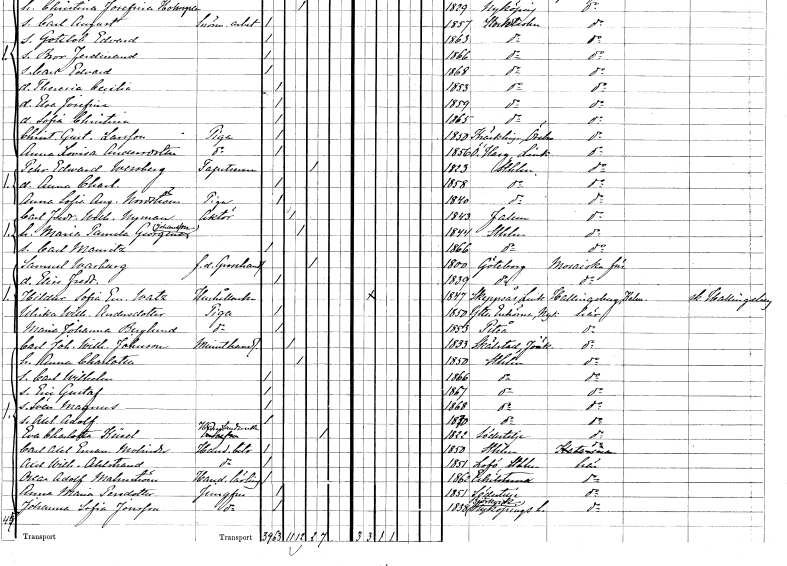
gt_parse: households: individuals: FN: Pehr Edvard
EN: Wessberg
YRKE: Tapetserare
KON: M
CIV: E
FODAR: 1823
FODFORS: Stockholm
FN: Anna Charlotta
KON: K
CIV: O
FODAR: 1858
FODFORS: Stockholm
FN: Anna Sofia Augusta
EN: Nordström
YRKE: Piga
KON: K
CIV: O
FODAR: 1840
FODFORS: Stockholm
FN: Carl Fredrik Wilhelm
EN: Nyman
YRKE: Aktör
KON: M
CIV: G
FODAR: 1843
FODFORS: Falun Kopparbergs län
FN: Maria Pamela Georgina
EN: Johansson
KON: K
CIV: G
FODAR: 1844
FODFORS: Stockholm
FN: Carl Mauritz
KON: M
CIV: O
FODAR: 1866
FODFORS: Stockholm
FN: Samuel
EN: Warburg
YRKE: Grosshandlare f.d.
KON: M
CIV: E
FODAR: 1800
FODFORS: Göteborg Göteborgs- och Bohuslän
FN: Elise Fredrique
KON: K
CIV: O
FODAR: 1839
FODFORS: Göteborg Göteborgs- och Bohuslän
FN: Hildur Sofia Emilia
EN: Watz
YRKE: Hushållerska
KON: K
CIV: O
FODAR: 1847
FODFORS: Skeppsås Östergötlands län
FN: Ulrika Wilhelmina
EN: Andersdotter
YRKE: Piga
KON: K
CIV: O
FODAR: 1850
FODFORS: Ytterenhörna Stockholms län
FN: Maria Johanna
EN: Berglund
YRKE: Piga
KON: K
CIV: O
FODAR: 1853
FODFORS: Piteå Norrbottens län
FN: Carl Johan Wilhelm
EN: Johnson
YRKE: Minuthandlare
KON: M
CIV: G
FODAR: 1833
FODFORS: Skärstad Jönköpings län
FN: Anna Charlotta
KON: K
CIV: G
FODAR: 1850
FODFORS: Stockholm
FN: Carl Wilhelm
KON: M
CIV: O
FODAR: 1866
FODFORS: Stockholm
FN: Eric Gustaf
KON: M
CIV: O
FODAR: 1867
FODFORS: Stockholm
FN: Sven Magnus
KON: M
CIV: O
FODAR: 1868
FODFORS: Stockholm
FN: Axel Adolf
KON: M
CIV: O
FODAR: 1870
FODFORS: Stockholm
FN: Eva Charlotta
EN: Küsel
YRKE: Handlandeänka
KON: K
CIV: E
FODAR: 1822
FODFORS: Södertälje Stockholms län
FN: Carl Axel Emanuel
EN: Molinder
YRKE: Handelsbiträde
KON: M
CIV: O
FODAR: 1850
FODFORS: Stockholm
FN: Axel Wilhelm
EN: Ahlstrand
YRKE: Handelsbiträde
KON: M
CIV: O
FODAR: 1851
FODFORS: Lovö Stockholms län
FN: Oscar Adolf
EN: Malmström
YRKE: Handelslärling
KON: M
CIV: O
FODAR: 1862
FODFORS: Eskilstuna Södermanlands län
FN: Anna Maria
EN: Persdotter
YRKE: Jungfru
KON: K
CIV: O
FODAR: 1851
FODFORS: Södertälje Stockholms län
FN: Johanna Sofia
EN: Jonsson
YRKE: Jungfru
KON: K
CIV: O
FODAR: 1838
FODFORS: Björkvik Södermanlands län